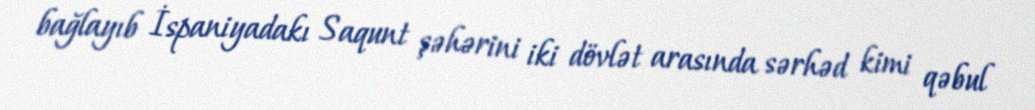
bağlayıb İspaniyadakı Saqunt şəhərini iki dövlət arasında sərhəd kimi qəbul